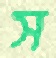
স